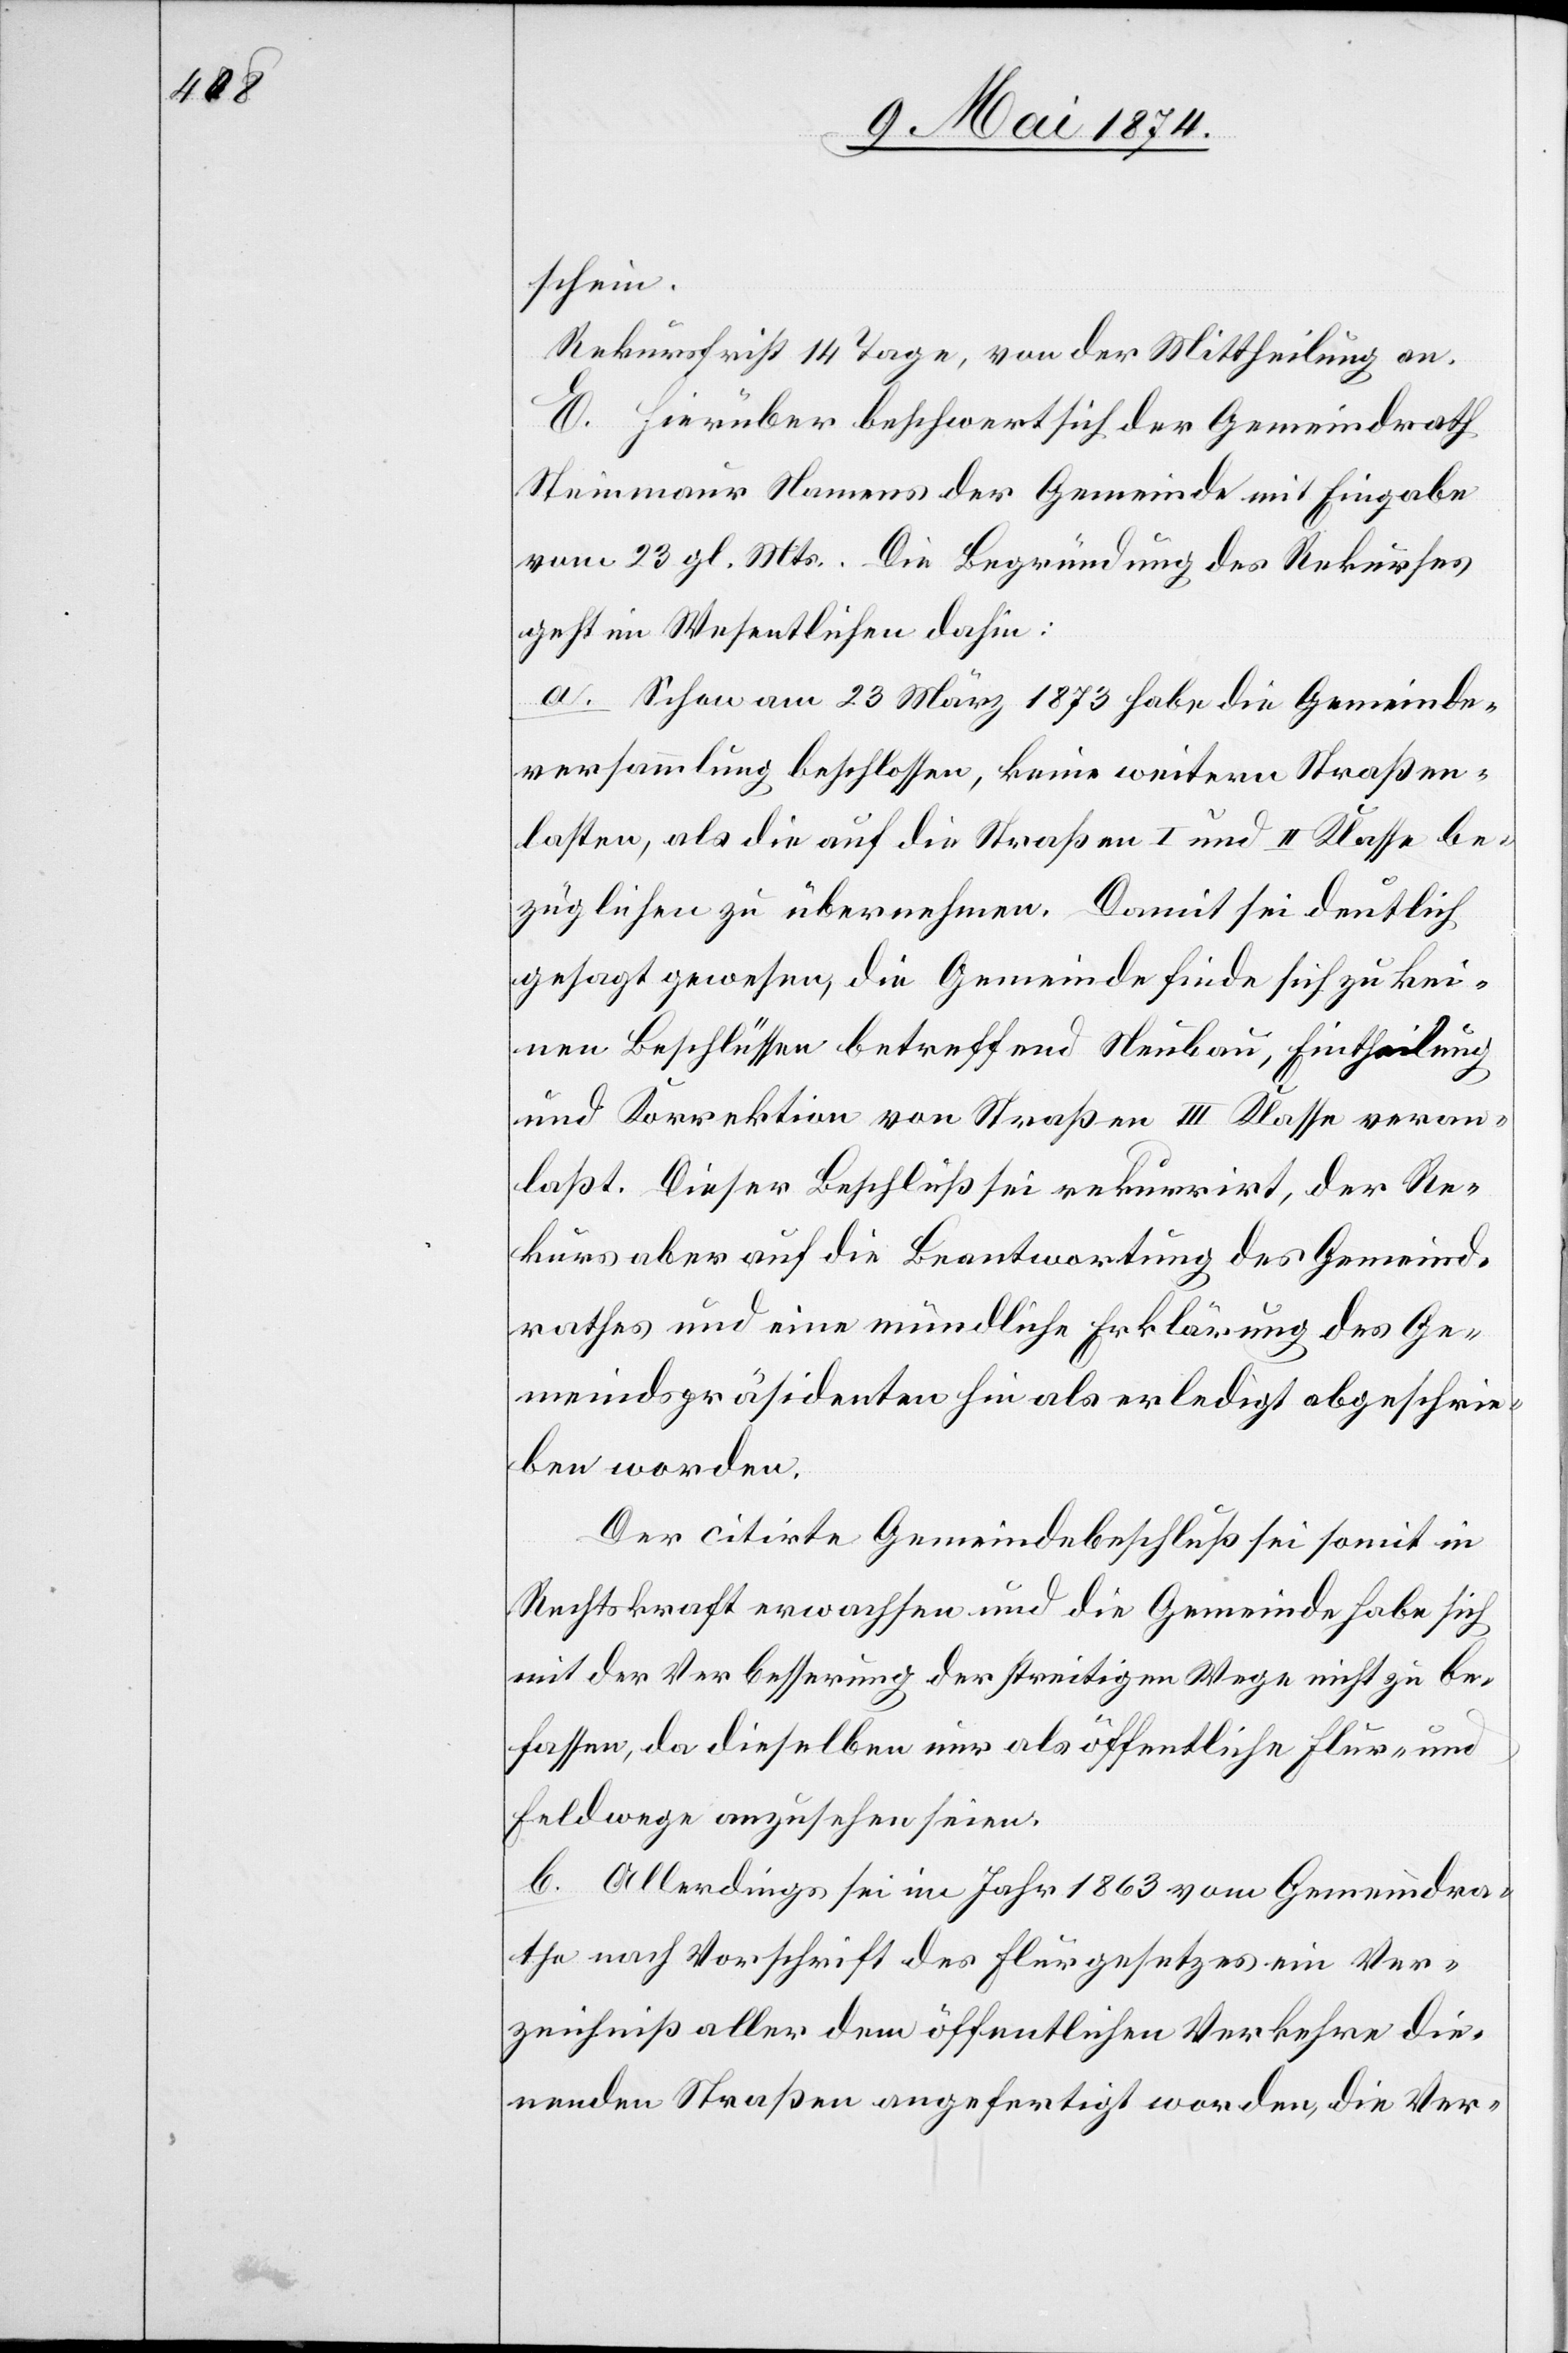
schein.
Rekursfrist 14 Tage, von der Mittheilung an.
E. Hierüber beschwert sich der Gemeindrath
Steinmaur Namens der Gemeinde mit Eingabe
vom 23. gl. Mts. Die Begründung des Rekurses
geht im Wesentlichen dahin:
a. Schon am 23. März 1873 habe die Gemeinde¬
versammlung beschlossen, keine weitern Straßen¬
kosten, als die auf die Straßen I. und II. Klasse be¬
züglichen zu übernehmen. Damit sei deutlich
gesagt gewesen, die Gemeinde finde sich zu kei¬
nen Beschlüssen betreffend Neubau, Eintheilung
und Korrektion von Straßen III. Klasse veran¬
laßt. Dieser Beschluß sei rekurrirt, der Re¬
kurs aber auf die Beantwortung des Gemeind¬
rathes und eine mündliche Erklärung des Ge¬
meindspräsidenten hin als erledigt abgeschrie¬
ben worden.
Der citirte Gemeindebeschluß sei somit in
Rechtskraft erwachsen und die Gemeinde habe sich
mit der Verbesserung der streitigen Wege nicht zu be¬
fassen, da dieselben nur als öffentliche Flur- und
Feldwege anzusehen seien.
b. Allerdings sei im Jahr 1863 vom Gemeindra¬
the nach Vorschrift des Flurgesetzes ein Ver¬
zeichniß aller dem öffentlichen Verkehre die¬
nenden Straßen angefertigt worden, die Ver-